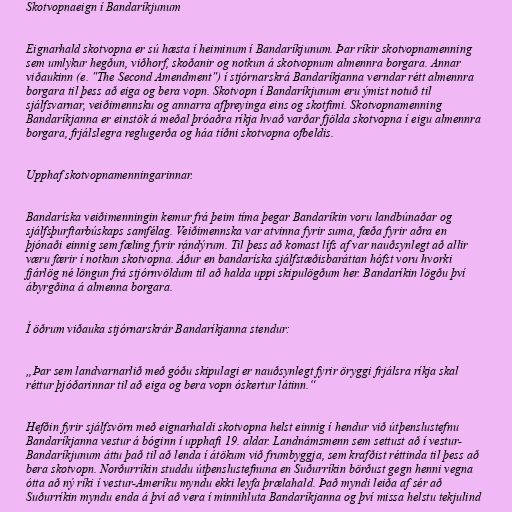
Skotvopnaeign í Bandaríkjunum

Eignarhald skotvopna er sú hæsta í heiminum í Bandaríkjunum. Þar ríkir skotvopnamenning
sem umlykur hegðun, viðhorf, skoðanir og notkun á skotvopnum almennra borgara. Annar
viðaukinn (e. "The Second Amendment") í stjórnarskrá Bandaríkjanna verndar rétt almennra
borgara til þess að eiga og bera vopn. Skotvopn í Bandaríkjunum eru ýmist notuð til
sjálfsvarnar, veiðimennsku og annarra afþreyinga eins og skotfimi. Skotvopnamenning
Bandaríkjanna er einstök á meðal þróaðra ríkja hvað varðar fjölda skotvopna í eigu almennra
borgara, frjálslegra reglugerða og háa tíðni skotvopna ofbeldis.

Upphaf skotvopnamenningarinnar.

Bandaríska veiðimenningin kemur frá þeim tíma þegar Bandaríkin voru landbúnaðar og
sjálfsþurftarbúskaps samfélag. Veiðimennska var atvinna fyrir suma, fæða fyrir aðra en
þjónaði einnig sem fæling fyrir rándýrum. Til þess að komast lífs af var nauðsynlegt að allir
væru færir í notkun skotvopna. Áður en bandaríska sjálfstæðisbaráttan hófst voru hvorki
fjárlög né löngun frá stjórnvöldum til að halda uppi skipulögðum her. Bandaríkin lögðu því
ábyrgðina á almenna borgara.

Í öðrum viðauka stjórnarskrár Bandaríkjanna stendur:

„Þar sem landvarnarlið með góðu skipulagi er nauðsynlegt fyrir öryggi frjálsra ríkja skal
réttur þjóðarinnar til að eiga og bera vopn óskertur látinn.“

Hefðin fyrir sjálfsvörn með eignarhaldi skotvopna helst einnig í hendur við útþenslustefnu
Bandaríkjanna vestur á bóginn í upphafi 19. aldar. Landnámsmenn sem settust að í vestur-
Bandaríkjunum áttu það til að lenda í átökum við frumbyggja, sem krafðist réttinda til þess að
bera skotvopn. Norðurríkin studdu útþenslustefnuna en Suðurríkin börðust gegn henni vegna
ótta að ný ríki í vestur-Ameríku myndu ekki leyfa þrælahald. Það myndi leiða af sér að
Suðurríkin myndu enda á því að vera í minnihluta Bandaríkjanna og því missa helstu tekjulind